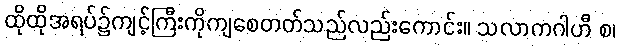
ထိုထိုအရပ်၌ကျင့်ကြီးကိုကျစေတတ်သည်လည်းကောင်း။ သလာကဂါဟီ စ၊